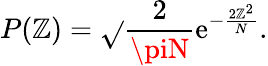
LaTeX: P(\mathbb{Z})=\sqrt{}{{\frac{{2}}{{\piN}}}}\mathrm{{e}}^{-\frac{{2\mathbb{Z}^{2}}}{{N}}}.